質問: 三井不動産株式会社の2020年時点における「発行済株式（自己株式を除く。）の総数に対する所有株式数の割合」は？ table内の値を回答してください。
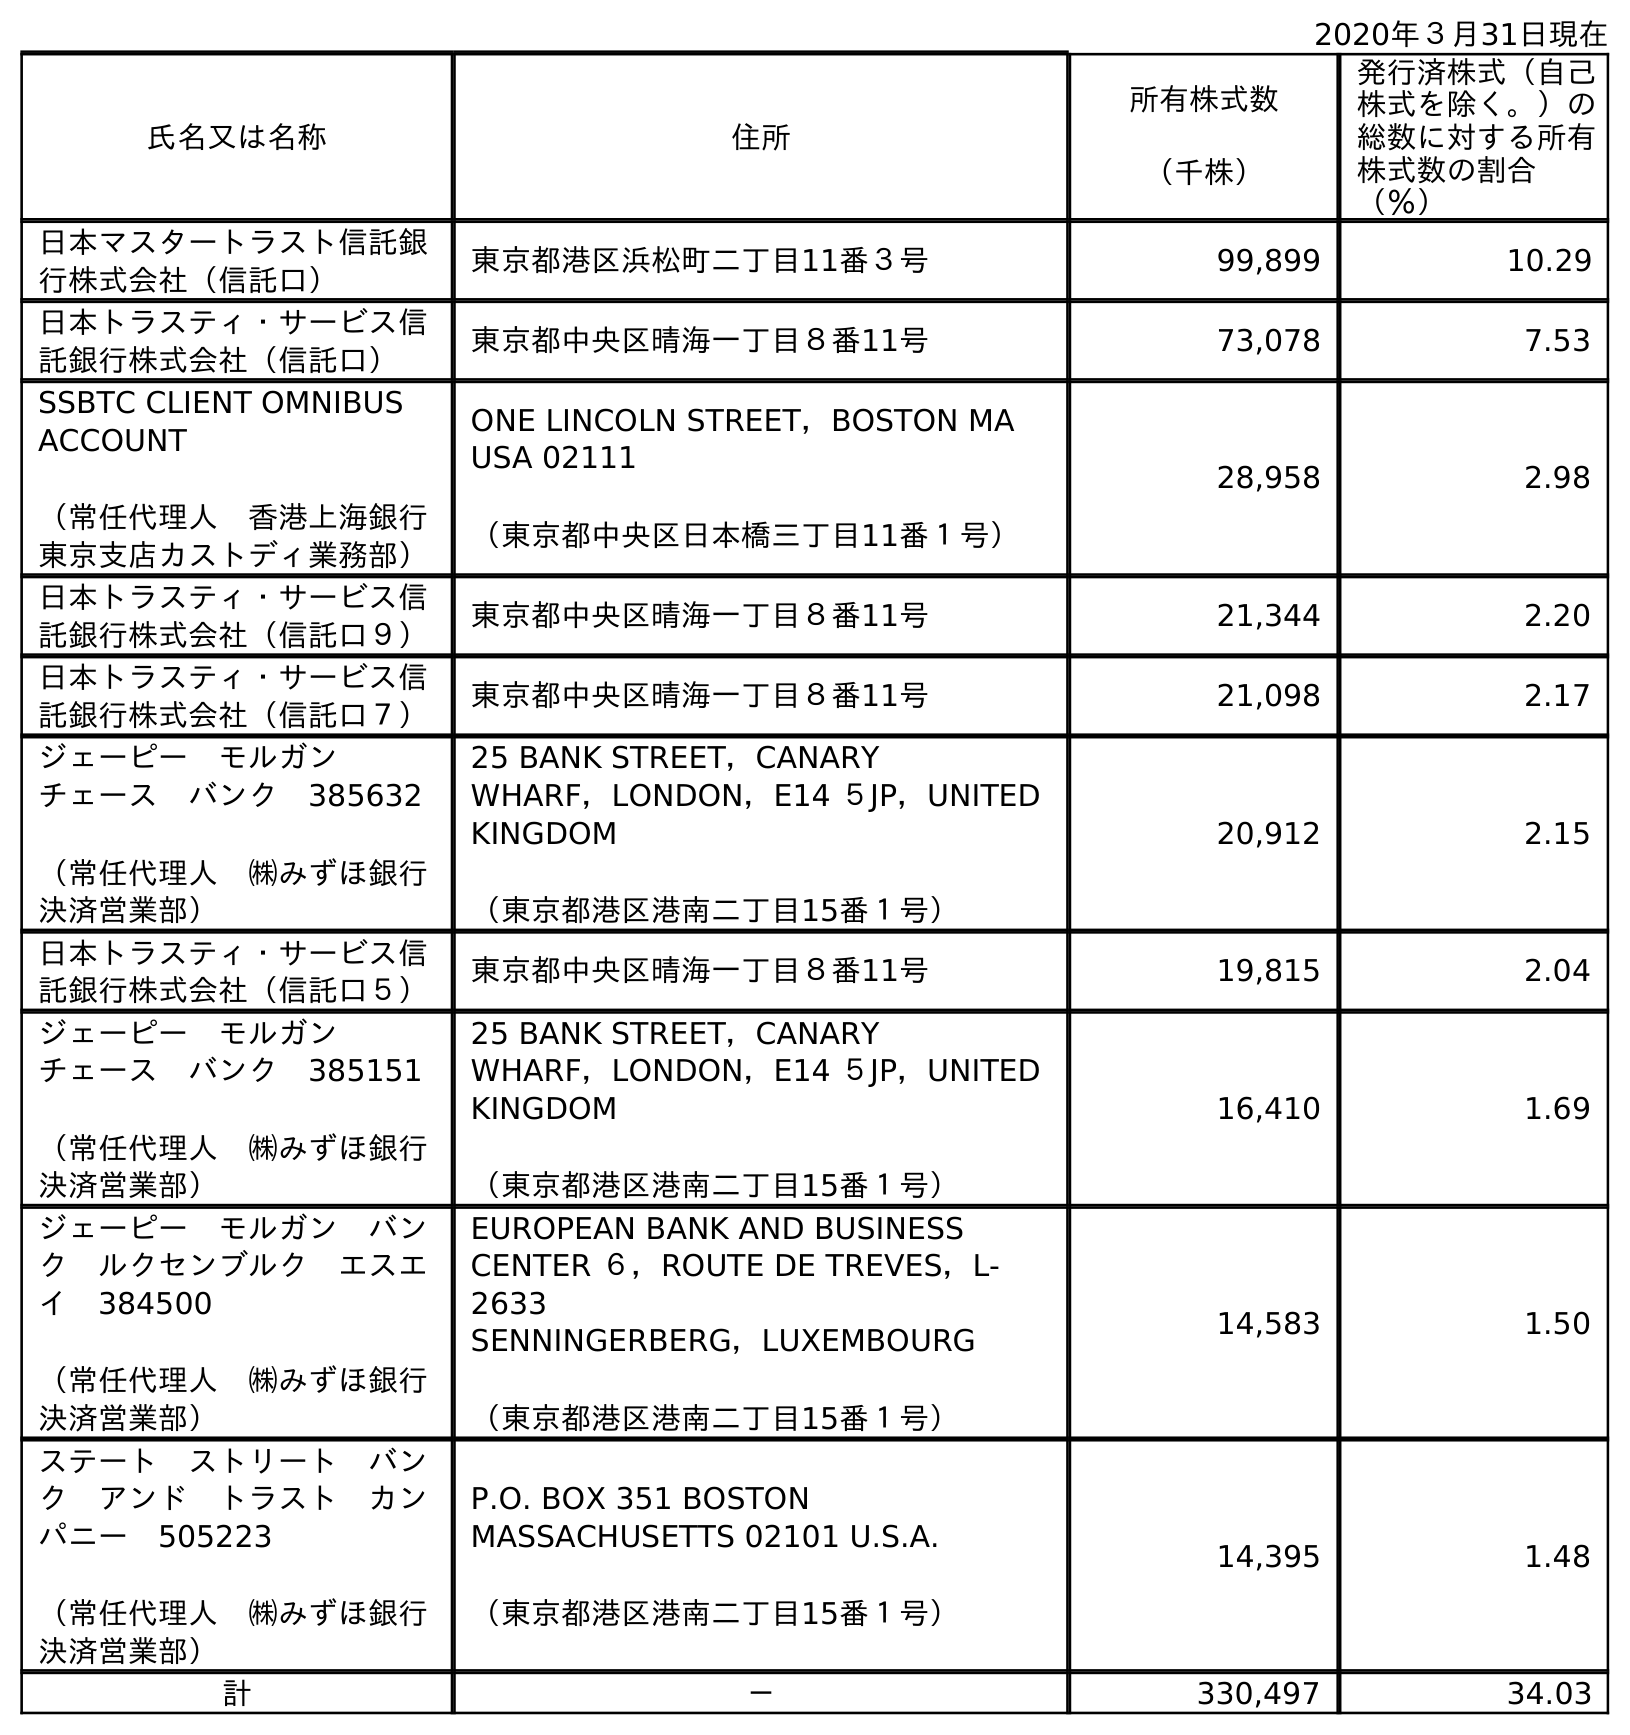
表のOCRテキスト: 2020年３月31日現在 氏名又は名称 住所 所有株式数 （千株） 発行済株式（自己 株式を除く。）の 総数に対する所有 株式数の割合 （％） 日本マスタートラスト信託銀 行株式会社（信託口） 東京都港区浜松町二丁目11番３号 99,899 10.29 日本トラスティ・サービス信 託銀行株式会社（信託口） 東京都中央区晴海一丁目８番11号 73,078 7.53 SSBTC CLIENT OMNIBUS ACCOUNT （常任代理人 香港上海銀行 東京支店カストディ業務部） ONE LINCOLN STREET，BOSTON MA USA 02111 （東京都中央区日本橋三丁目11番１号） 28,958 2.98 日本トラスティ・サービス信 託銀行株式会社（信託口９） 東京都中央区晴海一丁目８番11号 21,344 2.20 日本トラスティ・サービス信 託銀行株式会社（信託口７） 東京都中央区晴海一丁目８番11号 21,098 2.17 ジェーピー モルガン  チェース バンク 385632 （常任代理人 ㈱みずほ銀行 決済営業部） 25 BANK STREET，CANARY WHARF，LONDON，E14 ５JP，UNITED KINGDOM （東京都港区港南二丁目15番１号） 20,912 2.15 日本トラスティ・サービス信 託銀行株式会社（信託口５） 東京都中央区晴海一丁目８番11号 19,815 2.04 ジェーピー モルガン  チェース バンク 385151 （常任代理人 ㈱みずほ銀行 決済営業部） 25 BANK STREET，CANARY WHARF，LONDON，E14 ５JP，UNITED KINGDOM （東京都港区港南二丁目15番１号） 16,410 1.69 ジェーピー モルガン バン ク ルクセンブルク エスエ イ 384500 （常任代理人 ㈱みずほ銀行 決済営業部） EUROPEAN BANK AND BUSINESS CENTER ６，ROUTE DE TREVES，L- 2633 SENNINGERBERG，LUXEMBOURG （東京都港区港南二丁目15番１号） 14,583 1.50 ステート ストリート バン ク アンド トラスト カン パニー 505223 （常任代理人 ㈱みずほ銀行 決済営業部） P.O. BOX 351 BOSTON MASSACHUSETTS 02101 U.S.A. （東京都港区港南二丁目15番１号） 14,395 1.48 計 － 330,497 34.03
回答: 34.03